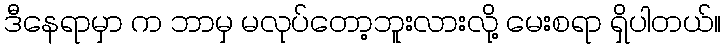
ဒီနေရာမှာ က ဘာမှ မလုပ်တော့ဘူးလားလို့ မေးစရာ ရှိပါတယ်။